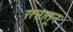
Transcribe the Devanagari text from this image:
रत्‍नातून